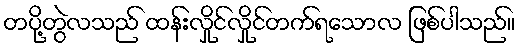
တပို့တွဲလသည် ထန်းလှိုင်လှိုင်တက်ရသောလ ဖြစ်ပါသည်။